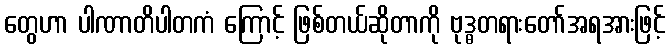
တွေဟာ ပါဏာတိပါတကံ ကြောင့် ဖြစ်တယ်ဆိုတာကို ဗုဒ္ဓတရားတော်အရအားဖြင့်